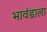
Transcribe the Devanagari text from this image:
भावंडाला